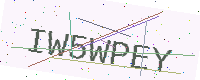
Text: IW5WPEY